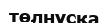
төлнүсқа